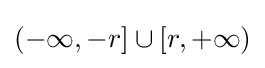
(-\infty ,-r]\cup [r,+\infty )